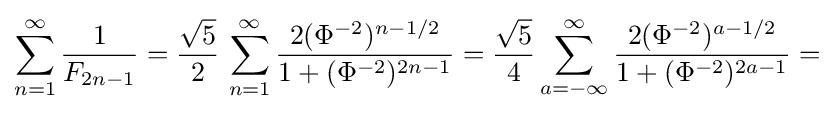
\sum _{n=1}^{\infty }{\frac {1}{F_{2n-1}}}={\frac {\sqrt {5}}{2}}\,\sum _{n=1}^{\infty }{\frac {2(\Phi ^{-2})^{n-1/2}}{1+(\Phi ^{-2})^{2n-1}}}={\frac {\sqrt {5}}{4}}\sum _{a=-\infty }^{\infty }{\frac {2(\Phi ^{-2})^{a-1/2}}{1+(\Phi ^{-2})^{2a-1}}}=